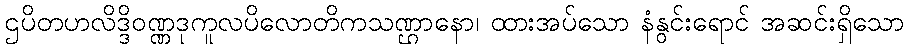
ဌပိတဟလိဒ္ဒိဝဏ္ဏဒုကူလပိလောတိကသဏ္ဌာနော၊ ထားအပ်သော နံနွင်းရောင် အဆင်းရှိသော